Vaccination in Burma 1920-1933 - 1920-1933
Year: 1920
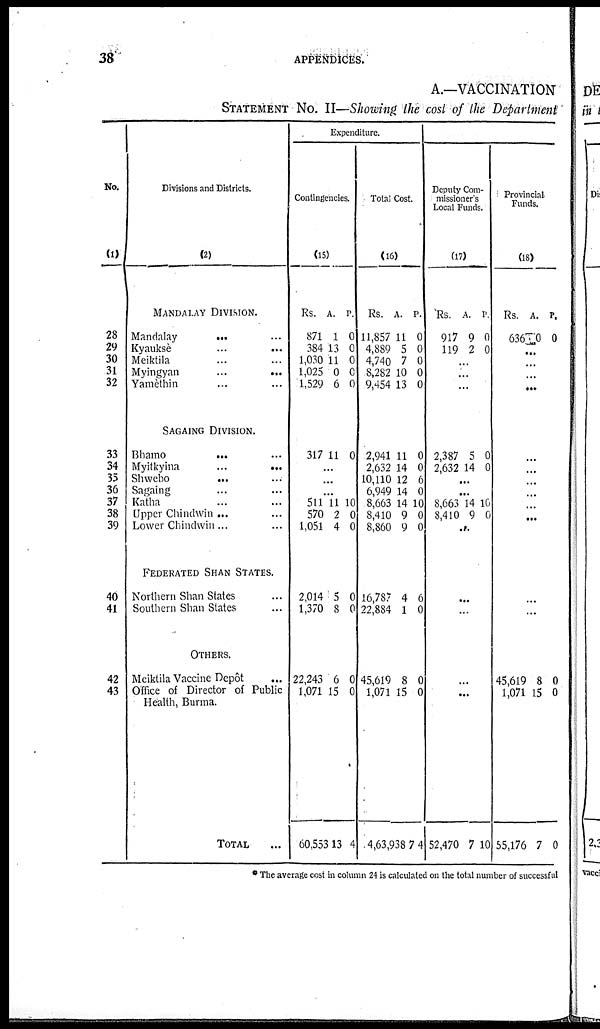
38
APPENDICES.
A.—VACCINATION
STATEMENT No. II—Showing the cost of the Department
No.
(1)
28
29
30
31
32
33
34
35
36
37
38
39
40
41
42
43
Divisions and Districts.
(2)
MANDALAY DIVISION.
Mandalay... ...
Kyaukse... ...
Meiktila... ...
Myingyan... ...
Yamèthin... ...
SAGAING DIVISION.
Bhamo... ...
Myitkyina ... ...
Shwebo ... ...
Sagaing... ...
Katha... ...
Upper Chindwin... ...
Lower Chindwin... ... ...
FEDERATED SHAN STATES.
Northern Shan States ..
Southern Shan Slates ...
OTHERS.
Meiktila Vaccine Depôt ...
Office of Director of Public
Health, Burma.
TOTAL...
Expenditure.
Contingencies.
(15)
Rs.
871
384
1,030
1,025
1,529
317
A.
1
13
11
0
6
11
P.
0
0
0
0
0
0
...
...
...
511
570
1,051
2,014
1,370
22,243
1,071
60,553
11
2
4
5
8
6
15
13
10
0
0
0
0
0
0
4
Total Cost.
(16)
Rs.
11,857
4,889
4,740
8,282
9,454
2,941
2,632
10,110
6,949
8,663
8,410
8,860
16,787
22,884
45,619
1,071
4,63,938
A.
11
5
7
10
13
11
14
12
14
14
9
9
4
1
8
15
7
P.
0
0
0
0
0
0
0
6
0
10
0
0
6
0
0
0
4
Deputy Com-
missioner's
Local Funds.
(17)
Rs.
917
119
A.
9
2
P.
0
0
...
...
...
2,387
2,632
5
14
0
0
...
...
8,663
8,410
14
9
10
0
...
...
...
...
...
52,470 7 10
Provincial
Funds.
(18)
Rs.
636
A.
0
P.
0
...
...
...
...
...
...
...
...
...
...
...
...
...
45,619
1,071
55,176
8
15
7
0
0
0
* The average cost in column 24 is calculated on the total number of successful